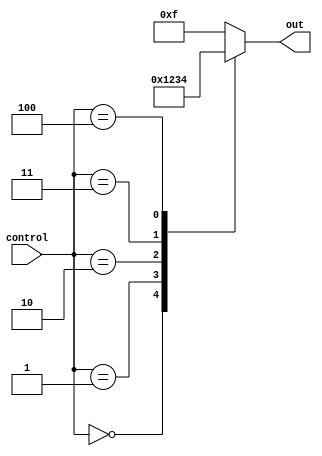
module simple_case(
    input [2:0] control,
    output reg [3:0] out
);

always @(*)
begin
    case(control)
        3'b000: out = 4'b0000;
        3'b001: out = 4'b0001;
        3'b010: out = 4'b0010;
        3'b011: out = 4'b0011;
        3'b100: out = 4'b0100;
        default: out = 4'b1111;
    endcase
end

endmodule